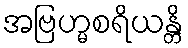
အဗြဟ္မစရိယန္တိ